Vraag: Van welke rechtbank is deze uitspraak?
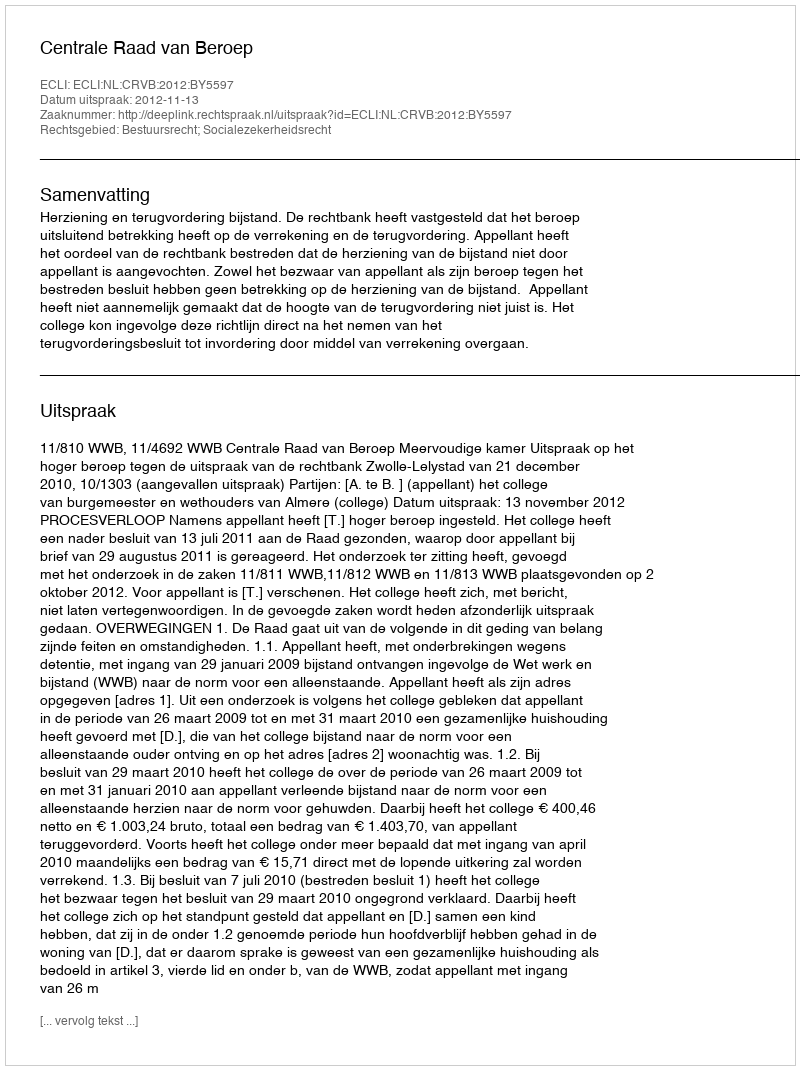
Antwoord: Centrale Raad van Beroep